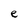
Character: e